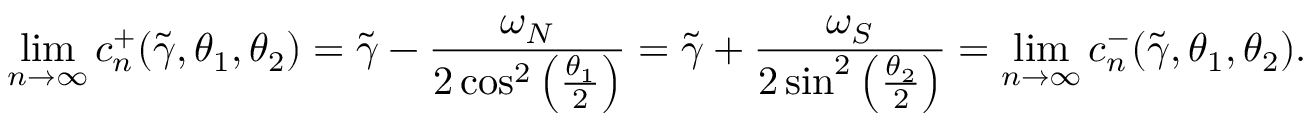
\operatorname* { l i m } _ { n \to \infty } c _ { n } ^ { + } ( \widetilde { \gamma } , \theta _ { 1 } , \theta _ { 2 } ) = \widetilde { \gamma } - \frac { \omega _ { N } } { 2 \cos ^ { 2 } \left( \frac { \theta _ { 1 } } { 2 } \right) } = \widetilde { \gamma } + \frac { \omega _ { S } } { 2 \sin ^ { 2 } \left( \frac { \theta _ { 2 } } { 2 } \right) } = \operatorname* { l i m } _ { n \to \infty } c _ { n } ^ { - } ( \widetilde { \gamma } , \theta _ { 1 } , \theta _ { 2 } ) .